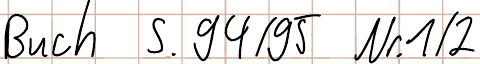
Buch S. 94/95 Nr. 1/2